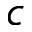
c